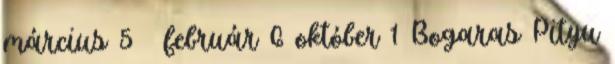
március 5 ▼ február 6 október 1 Bogaras Pityu